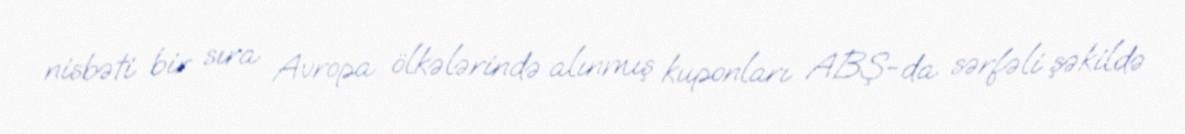
nisbəti bir sıra Avropa ölkələrində alınmış kuponları ABŞ-da sərfəli şəkildə